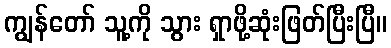
ကျွန်တော် သူ့ကို သွား ရှာဖို့ဆုံးဖြတ်ပြီးပြီ။